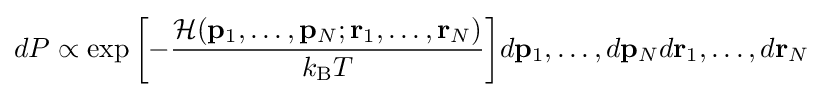
dP\propto \exp {\left[-{\frac {{\mathcal {H}}(\mathbf {p} _{1},\ldots ,\mathbf {p} _{N};\mathbf {r} _{1},\ldots ,\mathbf {r} _{N})}{k_{\text{B}}T}}\right]}d\mathbf {p} _{1},\ldots ,d\mathbf {p} _{N}d\mathbf {r} _{1},\ldots ,d\mathbf {r} _{N}